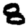
Digit: 8